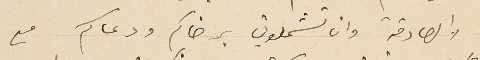
والصادقة وان تشملوني برضاكم ودعاكم مع